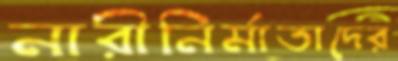
নারীনির্মাতাদের